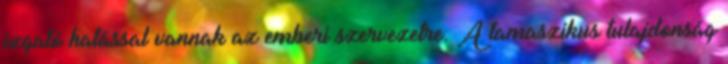
izgató hatással vannak az emberi szervezetre. A tamaszikus tulajdonság